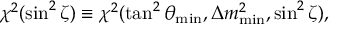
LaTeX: \chi ^ { 2 } ( \sin ^ { 2 } \zeta ) \equiv \chi ^ { 2 } ( \tan ^ { 2 } \theta _ { \mathrm { m i n } } , \Delta m _ { \mathrm { m i n } } ^ { 2 } , \sin ^ { 2 } \zeta ) ,